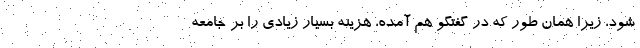
شود، زیرا همان طور که در گفتگو هم آمده، هزینه بسیار زیادی را بر جامعه